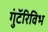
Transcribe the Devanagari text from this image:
गुंटॅरिविभ